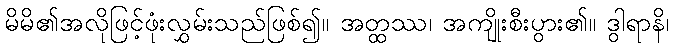
မိမိ၏အလိုဖြင့်ဖုံးလွှမ်းသည်ဖြစ်၍။ အတ္ထဿ၊ အကျိုးစီးပွား၏။ ဒွါရာနိ၊